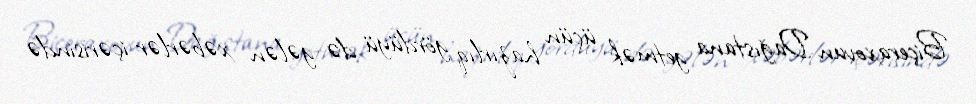
Biçeraxovun Dağıstana getmək üçün hazırlıq gördüyü də gələn xəbərlər içərisində